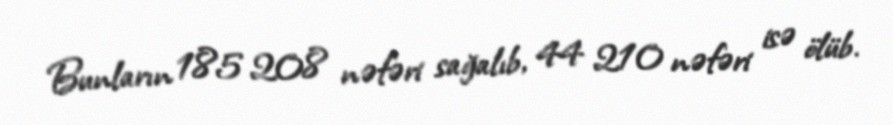
Bunların 185 208 nəfəri sağalıb, 44 210 nəfəri isə ölüb.